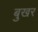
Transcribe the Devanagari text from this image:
बुखर